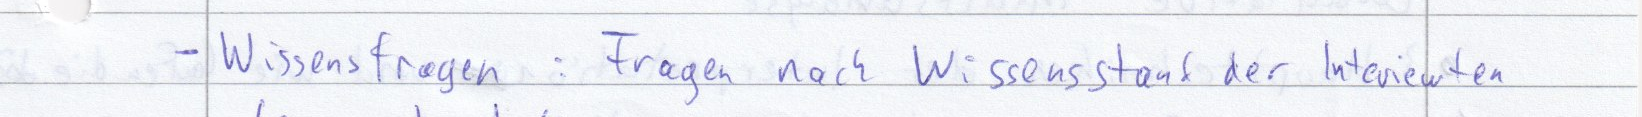
- Wissensfragen : Fragen nach Wissensstand der Interviewten